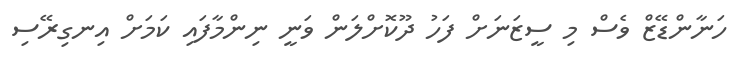
ހަނާންޑޭޒް ވެސް މި ސީޒަނަށް ފަހު ދޫކޮށްލަން ވަނީ ނިންމާފައި ކަމަށް އިނގިރޭސި